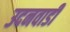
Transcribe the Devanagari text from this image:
उदनवाडी